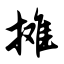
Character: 摊